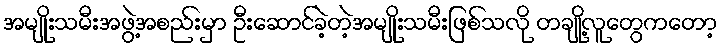
အမျိုးသမီးအဖွဲ့အစည်းမှာ ဦးဆောင်ခဲ့တဲ့အမျိုးသမီးဖြစ်သလို တချို့လူတွေကတော့